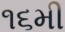
૧૬મી